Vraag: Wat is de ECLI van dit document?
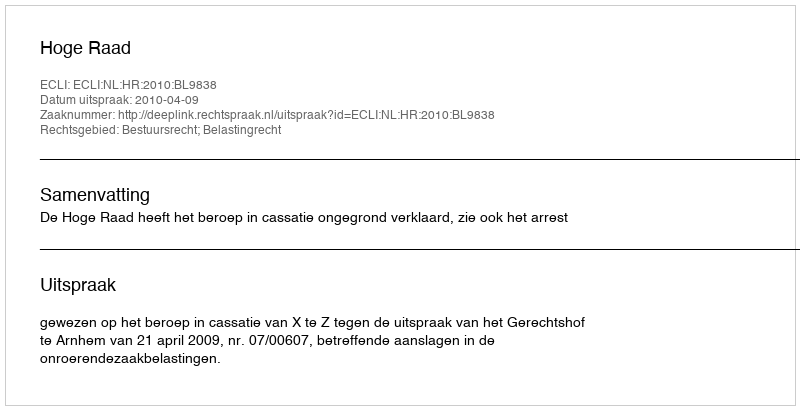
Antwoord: ECLI:NL:HR:2010:BL9838